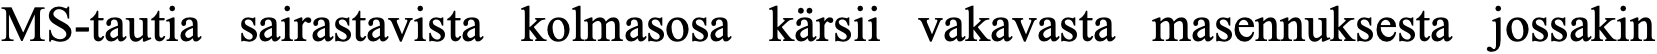
MS-tautia sairastavista kolmasosa kärsii vakavasta masennuksesta jossakin